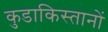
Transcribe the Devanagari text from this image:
कुडाकिस्तानों